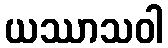
ယဿာသဝါ